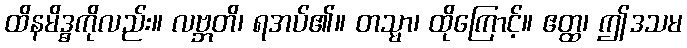
ထိနမိဒ္ဓကိုလည်း။ လဗ္ဘတိ၊ ရအပ်၏။ တသ္မာ၊ ထိုကြောင့်။ ဧတ္ထ၊ ဤဒသမ